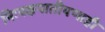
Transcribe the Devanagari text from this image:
निःपक्षपातीपणाही